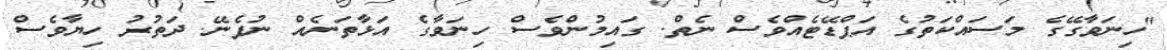
"ހިނަވާގޭގެ މަސައްކަތުގެ އަޕްޑޭޓެއްވެސް ނެތް. ގައިމުންވެސް ހިނަވާގެ އަޅާތަނެއް ނުފެނޭ. ދަތުރު ހިޔާވެސް